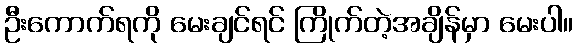
ဦးကောက်ရကို မေးချင်ရင် ကြိုက်တဲ့အချိန်မှာ မေးပါ။